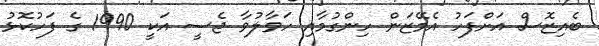
ބެއިޒޮސް އަށްފަހު އެމޭޒަން ހިންގުމާއި ހަވާލުވާ ޖެސީ އަކީ 1990 ގެ ފަހުކޮޅު